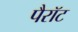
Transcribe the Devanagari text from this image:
पैरॉट